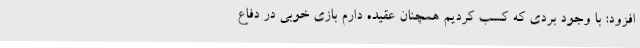
افزود: با وجود بردی که کسب کردیم همچنان عقیده دارم بازی خوبی در دفاع